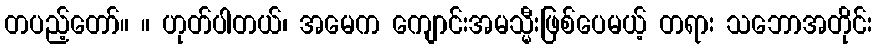
တပည့်တော်။ ။ ဟုတ်ပါတယ်၊ အမေက ကျောင်းအမသ္မီးဖြစ်ပေမယ့် တရား သဘောအတိုင်း